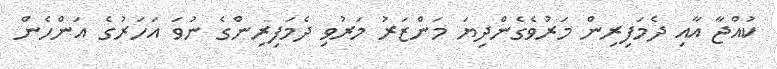
ކުއްޖާ އާއި ދެމަފިރިން މަރުވެގެންދިޔަ މަންޒަރު މަރުވި ދެމަފިރިންގެ ނުވަ އަހަރުގެ އަންހެން